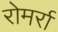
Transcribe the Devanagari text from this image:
रोमर्रा